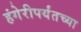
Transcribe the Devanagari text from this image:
हंगेरीपर्यंतच्या